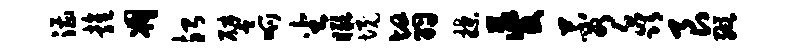
漕雍凋殆譬呱坐瞰境翳揲夔蓉淼艮缬